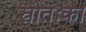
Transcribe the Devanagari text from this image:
स्रोतःका